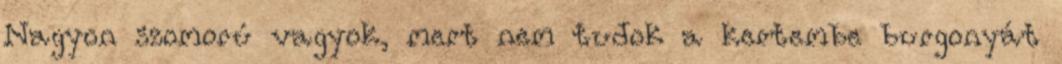
Nagyon szomorú vagyok, mert nem tudok a kertembe burgonyát